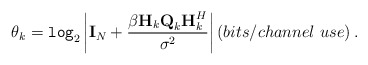
\begin{align*}\theta_k=\texttt{log}_2\left|\textbf{I}_N+\frac{\beta\textbf{H}_k\textbf{Q}_k\textbf{H}_k^H}{\sigma^2}\right|\left(bits/channel~use\right).\end{align*}